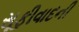
સૂફીવાદની